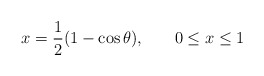
\begin{align*}x = \frac{1}{2} ( 1 - \cos \theta), \hspace{.3 in} 0 \leq x \leq 1\end{align*}